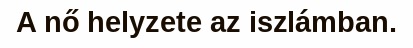
A nő helyzete az iszlámban.